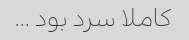
کاملا سرد بود …